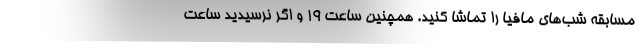
مسابقه شب‌های مافیا را تماشا کنید. همچنین ساعت 19 و اگر نرسیدید ساعت